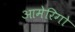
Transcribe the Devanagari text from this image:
आमेरिगो